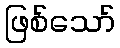
ဖြစ်သော်